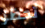
تحظر